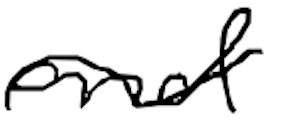
Text: and
Cross-out: wave
Writing tool: digital_black